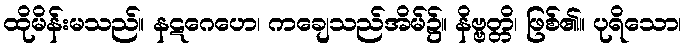
ထိုမိန်းမသည်။ နဋဂေဟေ၊ ကချေသည်အိမ်၌။ နိဗ္ဗတ္တိ၊ ဖြစ်၏။ ပုရိသော၊